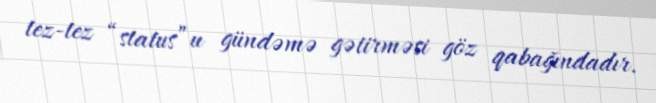
tez-tez “status”u gündəmə gətirməsi göz qabağındadır.